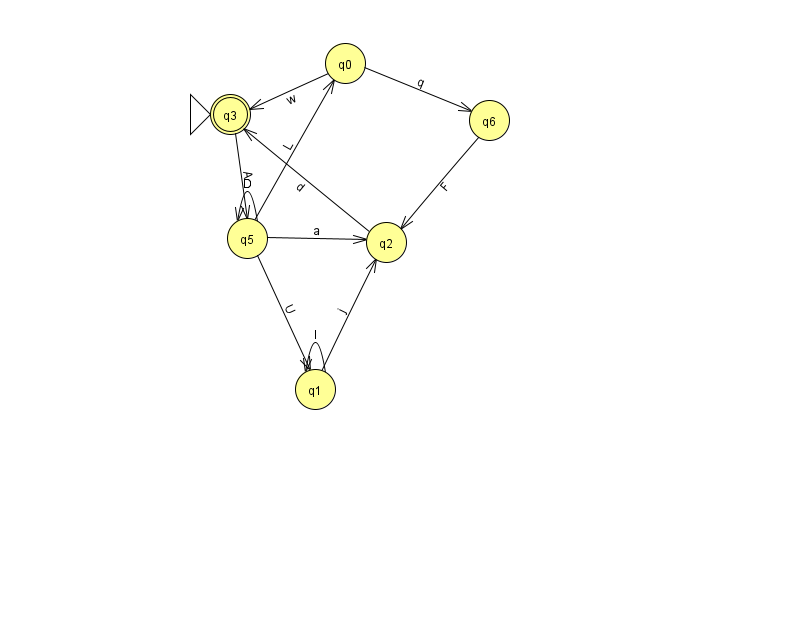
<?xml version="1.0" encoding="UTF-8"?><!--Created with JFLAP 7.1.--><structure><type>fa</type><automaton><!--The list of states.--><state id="0" name="q0"><x>345.0</x><y>50.0</y></state><state id="1" name="q1"><x>315.0</x><y>376.0</y></state><state id="2" name="q2"><x>386.0</x><y>229.0</y></state><state id="3" name="q3"><x>230.0</x><y>101.0</y><initial/><final/></state><state id="5" name="q5"><x>247.0</x><y>225.0</y></state><state id="6" name="q6"><x>489.0</x><y>107.0</y></state><!--The list of transitions.--><transition><from>5</from><to>1</to><read>U</read></transition><transition><from>5</from><to>2</to><read>a</read></transition><transition><from>5</from><to>5</to><read>D</read></transition><transition><from>3</from><to>5</to><read>A</read></transition><transition><from>1</from><to>1</to><read>I</read></transition><transition><from>0</from><to>6</to><read>q</read></transition><transition><from>2</from><to>3</to><read>d</read></transition><transition><from>0</from><to>3</to><read>w</read></transition><transition><from>1</from><to>2</to><read>j</read></transition><transition><from>5</from><to>0</to><read>L</read></transition><transition><from>6</from><to>2</to><read>F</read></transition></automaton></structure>